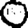
Digit: 0